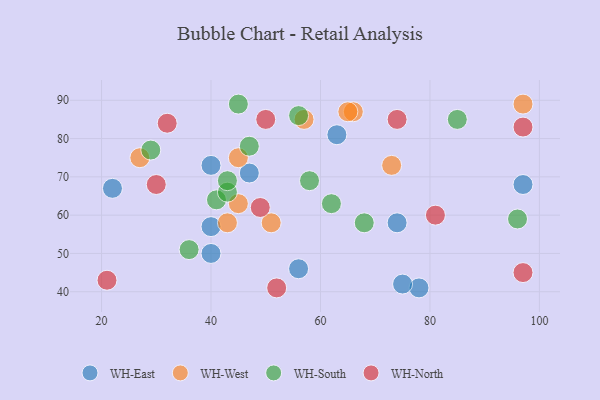
{"axis": {"x": "GDP", "y": "Life Expectancy"}, "legend": ["WH-East", "WH-North", "WH-South", "WH-West"], "data": [{"x": "63", "y": 81, "type": "WH-East"}, {"x": "40", "y": 50, "type": "WH-East"}, {"x": "56", "y": 46, "type": "WH-East"}, {"x": "40", "y": 57, "type": "WH-East"}, {"x": "22", "y": 67, "type": "WH-East"}, {"x": "47", "y": 71, "type": "WH-East"}, {"x": "40", "y": 73, "type": "WH-East"}, {"x": "74", "y": 58, "type": "WH-East"}, {"x": "78", "y": 41, "type": "WH-East"}, {"x": "97", "y": 68, "type": "WH-East"}, {"x": "75", "y": 42, "type": "WH-East"}, {"x": "51", "y": 58, "type": "WH-West"}, {"x": "66", "y": 87, "type": "WH-West"}, {"x": "97", "y": 89, "type": "WH-West"}, {"x": "45", "y": 63, "type": "WH-West"}, {"x": "43", "y": 58, "type": "WH-West"}, {"x": "65", "y": 87, "type": "WH-West"}, {"x": "57", "y": 85, "type": "WH-West"}, {"x": "45", "y": 75, "type": "WH-West"}, {"x": "73", "y": 73, "type": "WH-West"}, {"x": "27", "y": 75, "type": "WH-West"}, {"x": "96", "y": 59, "type": "WH-South"}, {"x": "47", "y": 78, "type": "WH-South"}, {"x": "41", "y": 64, "type": "WH-South"}, {"x": "36", "y": 51, "type": "WH-South"}, {"x": "43", "y": 66, "type": "WH-South"}, {"x": "58", "y": 69, "type": "WH-South"}, {"x": "29", "y": 77, "type": "WH-South"}, {"x": "68", "y": 58, "type": "WH-South"}, {"x": "43", "y": 69, "type": "WH-South"}, {"x": "85", "y": 85, "type": "WH-South"}, {"x": "45", "y": 89, "type": "WH-South"}, {"x": "62", "y": 63, "type": "WH-South"}, {"x": "56", "y": 86, "type": "WH-South"}, {"x": "49", "y": 62, "type": "WH-North"}, {"x": "52", "y": 41, "type": "WH-North"}, {"x": "21", "y": 43, "type": "WH-North"}, {"x": "97", "y": 83, "type": "WH-North"}, {"x": "81", "y": 60, "type": "WH-North"}, {"x": "30", "y": 68, "type": "WH-North"}, {"x": "97", "y": 45, "type": "WH-North"}, {"x": "32", "y": 84, "type": "WH-North"}, {"x": "50", "y": 85, "type": "WH-North"}, {"x": "74", "y": 85, "type": "WH-North"}]}